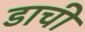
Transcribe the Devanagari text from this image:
डाची